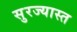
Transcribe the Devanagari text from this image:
सुरज्यास्त